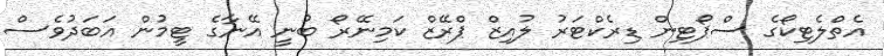
އެތްލެޓިކޯގެ ސްޕޯޓިން ޑިރެކްޓަރު ލުއިޒް ޕްރޭޒް ކަމިނޭރޯ ބުނީ އޭނާގެ ޓީމުން އަބަދުވެސް